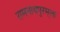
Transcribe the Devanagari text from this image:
रामनाथपुरम्‌ला